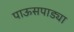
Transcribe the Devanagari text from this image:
पाऊसपाड्या